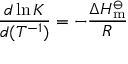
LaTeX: { \frac { d \ln K } { d ( T ^ { - 1 } ) } } = - { \frac { \Delta H _ { \mathrm { m } } ^ { \ominus } } { R } }